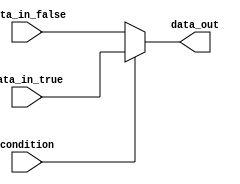
module conditional_assignment (
    input wire condition,
    input wire [3:0] data_in_true,
    input wire [3:0] data_in_false,
    output reg [3:0] data_out
);

always @(*) begin
    if (condition) begin
        data_out = data_in_true;
    end else begin
        data_out = data_in_false;
    end
end

endmodule